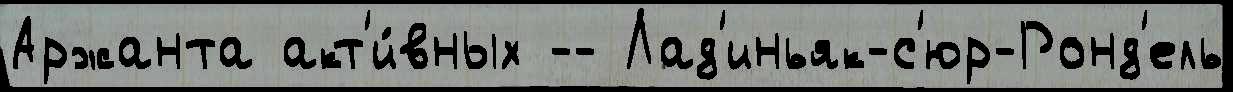
Аржанта акт'и́вных -- Лад'иньяк-с'юр-Ронд'ель